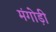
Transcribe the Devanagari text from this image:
मंगोड़ी